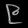
Digit: ၉